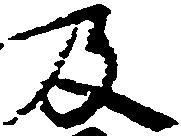
及